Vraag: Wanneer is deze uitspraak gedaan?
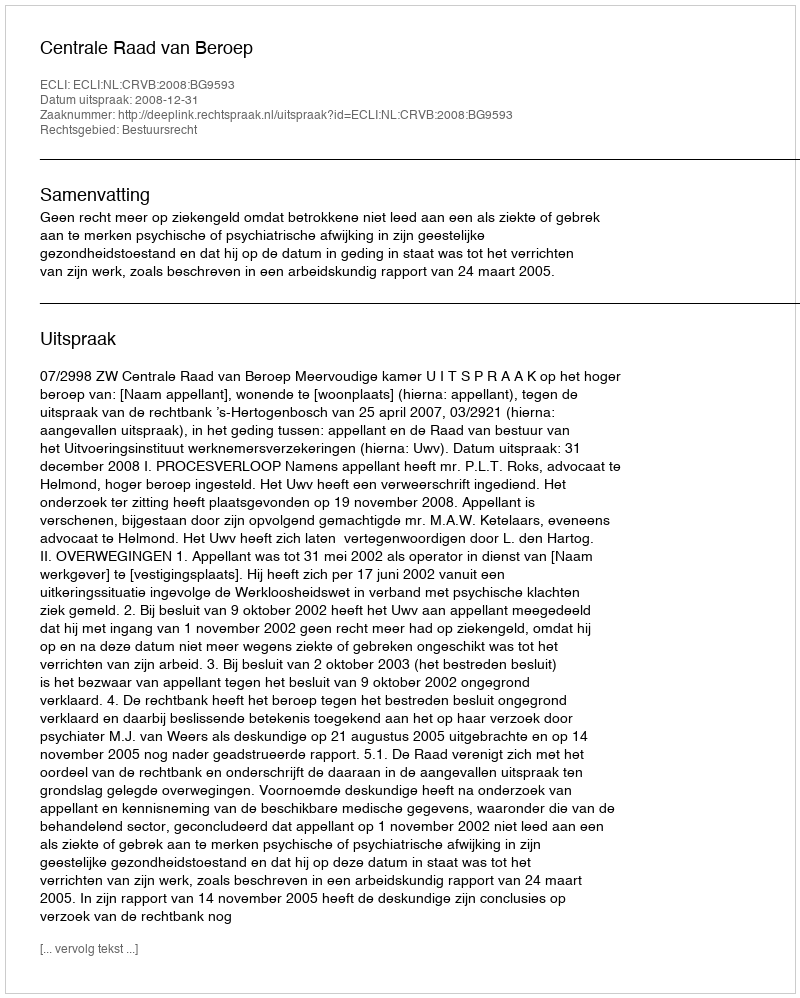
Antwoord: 2008-12-31